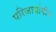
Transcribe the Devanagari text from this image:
परिजायांगीय